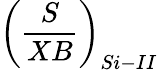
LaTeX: \left(\frac{S}{XB}\right)_{Si-II}